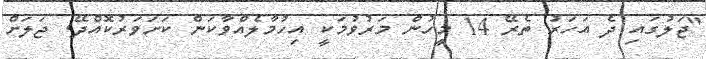
"ޖަލުގައި ދެ އަހަރު ތެރޭ 14 މީހުން މަރުވުމަކީ އިހުމާލެއްވާކަން ކަށަވަރުކޮއްދޭ